Leaving Certificate Examination (including Day School Certificate (Higher) General paper), 1939
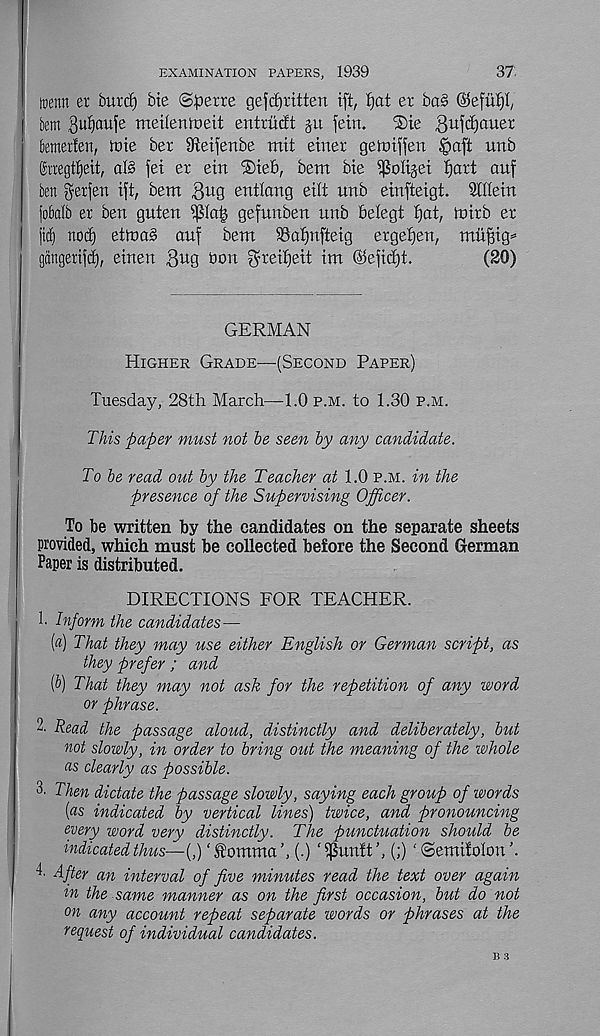
37:
EXAMINATION PAPERS, 1939
tnenn er burtf) bie ©^erre gefWritten ift, fjat er ba§
km Su^aufe meUemoeit entriicft ju fetn.
®ie 3 w f^a uer
femerfen, ioie ber Sieifenbe mit etner getDiffen £aft unb
grregt^eit, alb fet er ein ®ie6, bem bie ^olijet fjart auf
ben gerjett ift, bem
enttang eilt unb einfteigt. Mein
iobafb er ben guten
gefunben unb betegt l)at, mirb er
[id) noc^ etinab auf bem S3af)nfteig ergetjen, mii^ig^
gdngeriftt), einen
bon ^reifjeit im ©eficfjt.
(20)
GERMAN
Higher Grade—(Second Paper)
Tuesday, 28th March—1.0 p.m. to 1.30 p.m.
This paper must not he seen hy any candidate.
To he read out by the Teacher at 1.0 p.m. in the
presence of the Supervising Officer.
To be written by the candidates on the separate sheets
provided, which must be collected before the Second German
Paper is distributed.
DIRECTIONS FOR TEACHER.
1. Inform the candidates—
(a) That they may use either English or German script, as
they prefer ; and
(b) That they may not ask for the repetition of any word
or phrase.
2. Read the passage aloud, distinctly and deliberately, but
not slowly, in order to bring out the meaning of the whole
as clearly as possible.
T Then dictate the passage slowly, saying each group of words
[as indicated by vertical lines) twice, and pronouncing
every word very distinctly. The punctuation should be
indicated thus—{,) ‘ Stomma ’, (.) ' ifSuntt (;) ‘ ©emifolon
4. After an interval of five minutes read the text over again
in the same manner as on the first occasion, but do not
on any account repeat separate words or phrases at the
request of individual candidates.